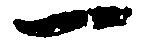
一